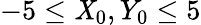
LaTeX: -5\leq\mathit{X}_{0},Y_{0}\leq5